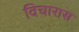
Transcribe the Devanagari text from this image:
विचारास